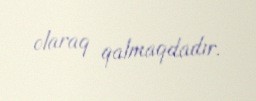
olaraq qalmaqdadır.